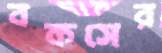
বকসের